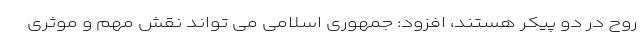
روح در دو پیکر هستند، افزود: جمهوری اسلامی می تواند نقش مهم و موثری